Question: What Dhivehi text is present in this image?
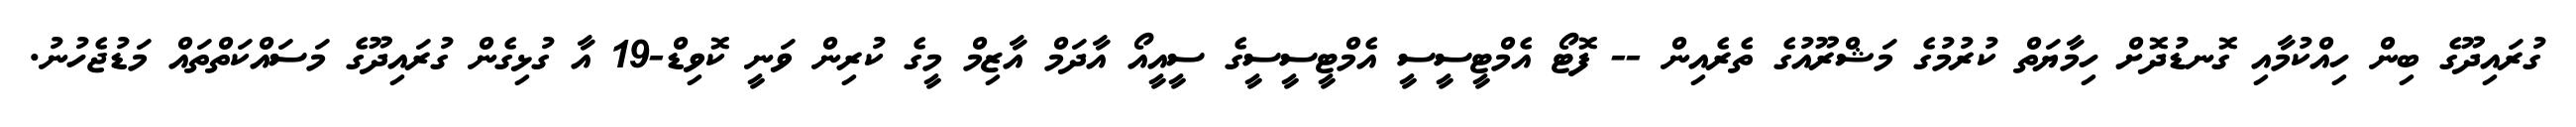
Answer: ގުރައިދޫގެ ބިން ހިއްކުމާއި ގޮނޑުދޮށް ހިމާޔަތް ކުރުމުގެ މަޝްރޫއުގެ ތެރެއިން -- ފޮޓޯ އެމްޓީސީސީ އެމްޓީސީސީގެ ސީއީއޯ އާދަމް އާޒިމް މީގެ ކުރިން ވަނީ ކޮވިޑް-19 އާ ގުޅިގެން ގުރައިދޫގެ މަސައްކަތްތައް މަޑުޖެހުނު.